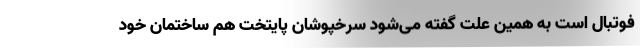
فوتبال است به همین علت گفته می‌شود سرخپوشان پایتخت هم ساختمان خود